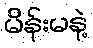
မိန်းမနဲ့